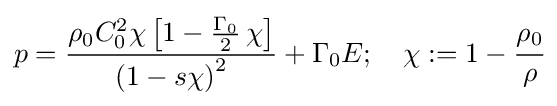
p={\frac {\rho _{0}C_{0}^{2}\chi \left[1-{\frac {\Gamma _{0}}{2}}\,\chi \right]}{\left(1-s\chi \right)^{2}}}+\Gamma _{0}E;\quad \chi :=1-{\cfrac {\rho _{0}}{\rho }}